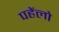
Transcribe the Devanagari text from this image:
पहेंलो